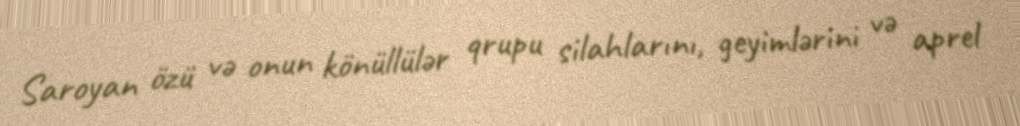
Saroyan özü və onun könüllülər qrupu silahlarını, geyimlərini və aprel